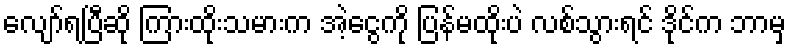
လျော်ရပြီဆို ကြားထိုးသမားက အဲ့ငွေကို ပြန်မထိုးပဲ လစ်သွားရင် ဒိုင်က ဘာမှ